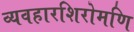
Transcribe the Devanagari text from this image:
व्यवहारशिरोमणि